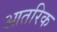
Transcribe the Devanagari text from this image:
आतरिक